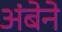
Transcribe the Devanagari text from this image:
अंबेने